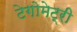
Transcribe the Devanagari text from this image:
टेगोमेट्री